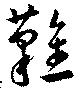
難